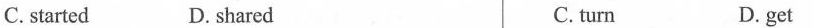
C. started D. shared C. turn D. get